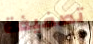
تصفيفة